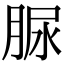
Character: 脲